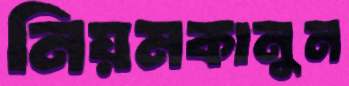
নিয়মকানুন